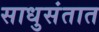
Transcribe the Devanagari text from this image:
साधुसंतात